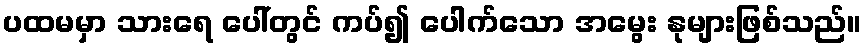
ပထမမှာ သားရေ ပေါ်တွင် ကပ်၍ ပေါက်သော အမွေး နုများဖြစ်သည်။